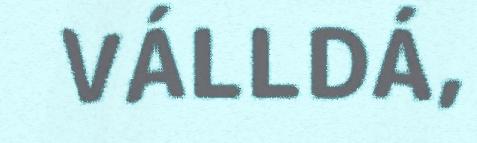
VÁLLDÁ,